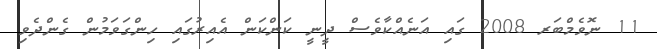
11 ނޮވެމްބަރ 2008 ގައި އަނެއްކާވެސް ދީނީ ކަންކަން އެއިރުގައި ހިންގަވަމުން ގެންދެވި